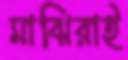
মাঝিরাই